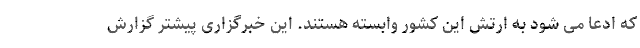
که ادعا می شود به ارتش این کشور وابسته هستند. این خبرگزاری پیشتر گزارش